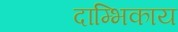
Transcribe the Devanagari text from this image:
दाम्भिकाय